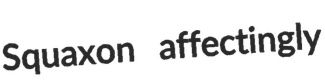
Squaxon affectingly